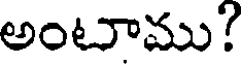
అంటాము?